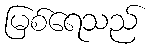
မြစ်ရေသည်